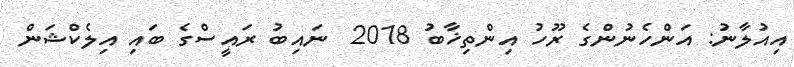
އިއުލާނު: އަންހެނުންގެ ރޫހު އިންތިޚާބު 2018  ނައިބު ރައީސްގެ ބައި އިލެކްޝަން